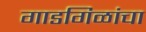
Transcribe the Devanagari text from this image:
गाडगिळांचा